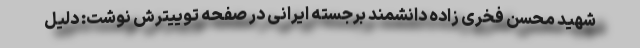
شهید محسن فخری زاده دانشمند برجسته ایرانی در صفحه توییترش نوشت: دلیل